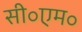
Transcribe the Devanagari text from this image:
सी॰एम॰